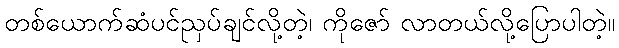
တစ်ယောက်ဆံပင်ညှပ်ချင်လို့တဲ့၊ ကိုဇော် လာတယ်လို့ပြောပါတဲ့။